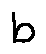
b